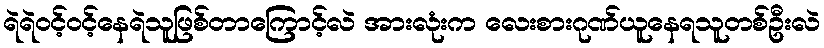
ရဲရဲဝင့်ဝင့်နေရဲသူဖြစ်တာကြောင့်လဲ အားလုံးက လေးစားဂုဏ်ယူနေရသူတစ်ဦးလဲ